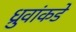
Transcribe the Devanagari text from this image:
ध्रुवांकडे